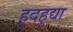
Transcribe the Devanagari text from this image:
हुदहुद्या